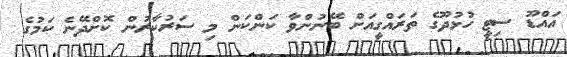
އައްޑޫ ސިޓީ ހުޅުދޫގެ ތަރައްގީއަށް ބޭނުންވާ ކަންކަން މި ސަރުކާރުން ކޮށްދޭނެ ކަމުގެ